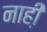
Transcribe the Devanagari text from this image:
नाही़